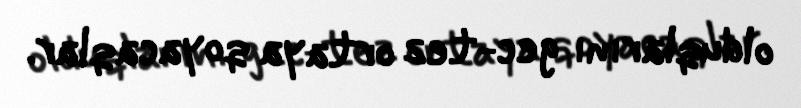
olduqlarını gec-tez ortaya qoyacaqlar.